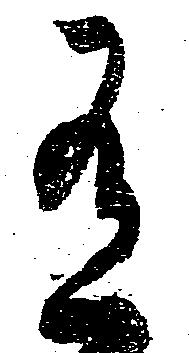
有